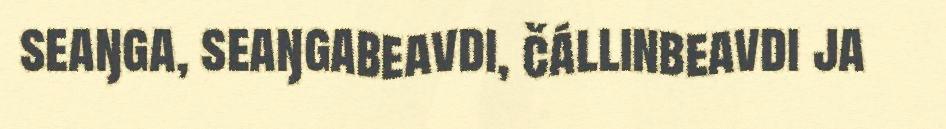
seaŋga, seaŋgabeavdi, čállinbeavdi ja